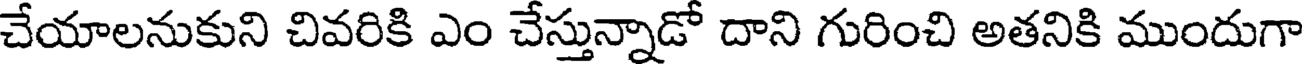
చేయాలనుకుని చివరికి ఎం చేస్తున్నాడో దాని గురించి అతనికి ముందుగా